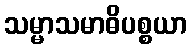
သမ္မာသမာဓိပစ္စယာ